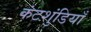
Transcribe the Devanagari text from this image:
कंटशुंडियाँ